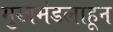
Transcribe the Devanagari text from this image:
मुखमंडलाहून